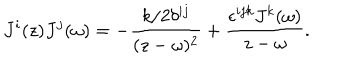
LaTeX: J ^ { i } ( z ) J ^ { j } ( \omega ) = - \frac { k / 2 \delta ^ { i j } } { ( z - \omega ) ^ { 2 } } + \frac { \epsilon ^ { i j k } J ^ { k } ( \omega ) } { z - \omega } .